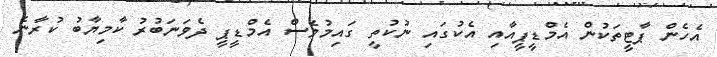
އެހެން ޕާޓީތަކުން އެމްޑީޕީއާއި އެކުގައި ނުކުތީ ގައިމުވެސް އެމްޑީޕީ ދެވަނަބުރު ކާމިޔާބު ކުރާނެ